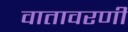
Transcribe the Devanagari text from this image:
वातावरणी